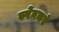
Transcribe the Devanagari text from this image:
स्पेनकडे